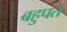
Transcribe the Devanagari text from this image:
बहुपत